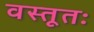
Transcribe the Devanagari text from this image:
वस्तूतः